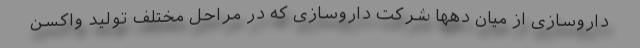
داروسازی از میان دهها شرکت داروسازی که در مراحل مختلف تولید واکسن